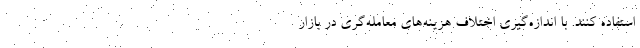
استفاده کنند. با اندازه‌گیری اختلاف هزینه‌های معامله‌گری در بازار